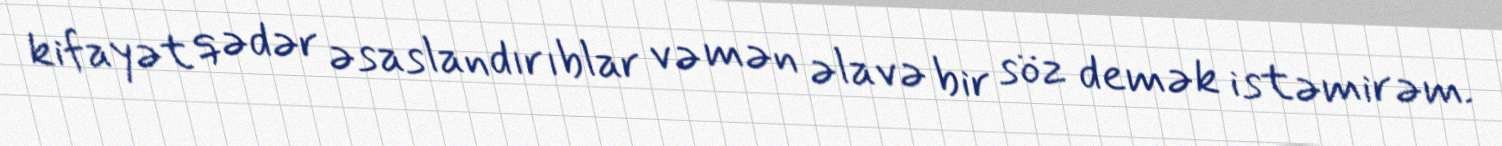
kifayət qədər əsaslandırıblar və mən əlavə bir söz demək istəmirəm.